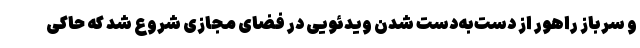
و سرباز راهور از دست‌به‌دست شدن ویدئویی در فضای مجازی شروع شد که حاکی